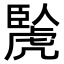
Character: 𧇬